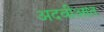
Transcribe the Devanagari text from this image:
अदवीआत